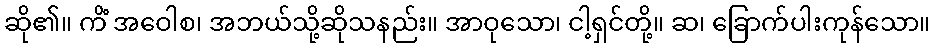
ဆို၏။ ကိံ အဝေါစ၊ အဘယ်သို့ဆိုသနည်း။ အာဝုသော၊ ငါ့ရှင်တို့။ ဆ၊ ခြောက်ပါးကုန်သော။